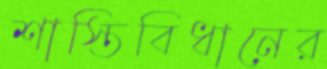
শাস্তিবিধানের